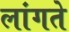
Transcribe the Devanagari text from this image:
लांगते